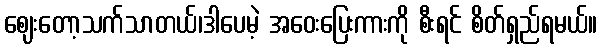
ဈေးတော့သက်သာတယ်၊ဒါပေမဲ့ အဝေးပြေးကားကို စီးရင် စိတ်ရှည်ရမယ်။